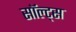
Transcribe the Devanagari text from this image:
सॉल्ट्स